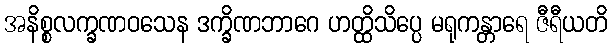
အနိစ္စလက္ခဏဝသေန ဒက္ခိဏဘာဂေ ဟတ္ထိသိပ္ပေ မရုကန္တာရေ ဇီရီယတိ